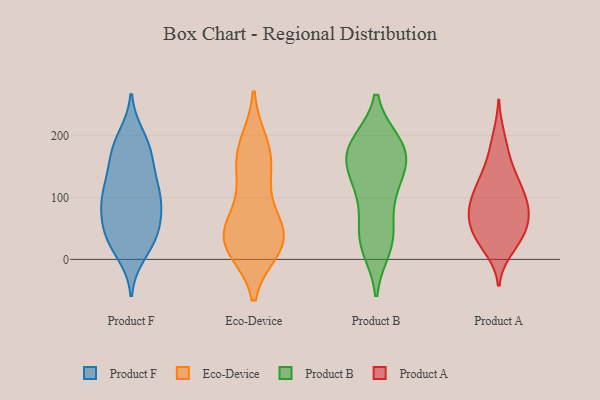
{"axis": {"x": "Humidity (%)", "y": "Value"}, "legend": ["Eco-Device", "Product A", "Product B", "Product F"], "data": [{"x": "", "y": 62, "type": "Product F"}, {"x": "", "y": 31, "type": "Product F"}, {"x": "", "y": 10, "type": "Product F"}, {"x": "", "y": 138, "type": "Product F"}, {"x": "", "y": 107, "type": "Product F"}, {"x": "", "y": 198, "type": "Product F"}, {"x": "", "y": 116, "type": "Product F"}, {"x": "", "y": 187, "type": "Product F"}, {"x": "", "y": 64, "type": "Product F"}, {"x": "", "y": 93, "type": "Product F"}, {"x": "", "y": 104, "type": "Product F"}, {"x": "", "y": 101, "type": "Product F"}, {"x": "", "y": 181, "type": "Product F"}, {"x": "", "y": 26, "type": "Product F"}, {"x": "", "y": 169, "type": "Product F"}, {"x": "", "y": 36, "type": "Product F"}, {"x": "", "y": 43, "type": "Product F"}, {"x": "", "y": 153, "type": "Product F"}, {"x": "", "y": 79, "type": "Product F"}, {"x": "", "y": 148, "type": "Eco-Device"}, {"x": "", "y": 48, "type": "Eco-Device"}, {"x": "", "y": 33, "type": "Eco-Device"}, {"x": "", "y": 46, "type": "Eco-Device"}, {"x": "", "y": 177, "type": "Eco-Device"}, {"x": "", "y": 18, "type": "Eco-Device"}, {"x": "", "y": 187, "type": "Eco-Device"}, {"x": "", "y": 98, "type": "Eco-Device"}, {"x": "", "y": 44, "type": "Eco-Device"}, {"x": "", "y": 18, "type": "Eco-Device"}, {"x": "", "y": 152, "type": "Eco-Device"}, {"x": "", "y": 27, "type": "Eco-Device"}, {"x": "", "y": 137, "type": "Product B"}, {"x": "", "y": 163, "type": "Product B"}, {"x": "", "y": 188, "type": "Product B"}, {"x": "", "y": 183, "type": "Product B"}, {"x": "", "y": 35, "type": "Product B"}, {"x": "", "y": 84, "type": "Product B"}, {"x": "", "y": 185, "type": "Product B"}, {"x": "", "y": 151, "type": "Product B"}, {"x": "", "y": 38, "type": "Product B"}, {"x": "", "y": 185, "type": "Product B"}, {"x": "", "y": 107, "type": "Product B"}, {"x": "", "y": 19, "type": "Product B"}, {"x": "", "y": 127, "type": "Product B"}, {"x": "", "y": 28, "type": "Product B"}, {"x": "", "y": 168, "type": "Product B"}, {"x": "", "y": 79, "type": "Product A"}, {"x": "", "y": 39, "type": "Product A"}, {"x": "", "y": 122, "type": "Product A"}, {"x": "", "y": 32, "type": "Product A"}, {"x": "", "y": 95, "type": "Product A"}, {"x": "", "y": 27, "type": "Product A"}, {"x": "", "y": 115, "type": "Product A"}, {"x": "", "y": 90, "type": "Product A"}, {"x": "", "y": 174, "type": "Product A"}, {"x": "", "y": 106, "type": "Product A"}, {"x": "", "y": 42, "type": "Product A"}, {"x": "", "y": 199, "type": "Product A"}, {"x": "", "y": 147, "type": "Product A"}, {"x": "", "y": 70, "type": "Product A"}, {"x": "", "y": 73, "type": "Product A"}, {"x": "", "y": 67, "type": "Product A"}, {"x": "", "y": 133, "type": "Product A"}, {"x": "", "y": 61, "type": "Product A"}, {"x": "", "y": 17, "type": "Product A"}]}